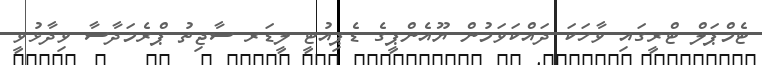
ޓެމްޕަލް ޓްރީގައި ވާހަކަ ދައްކަވަމުން ޔޫއެންޕީގެ ޑެޕިއުޓީ ލީޑަރ ސާޖިތު ޕްރެމަދާސާ ވިދާޅުވީ